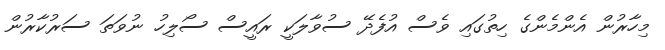
މިހާރުން އެންމެންގެ ހިތުގައި ވެސް އުފެދޭ ސުވާލަކީ ރައީސް ސޯލިހު ނުވަތަ ސަރުކާރުން